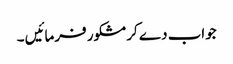
جواب دے کر مشکور فرمائیں ۔